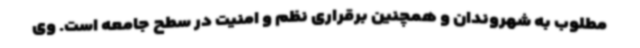
مطلوب به شهروندان و همچنین برقراری نظم و امنیت در سطح جامعه است. وی